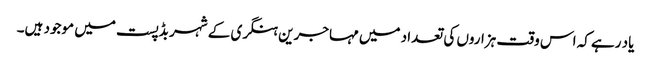
یاد رہے کہ اس وقت ہزاروں کی تعداد میں مہاجرین ہنگری کے شہر بڈپست میں موجود ہیں۔